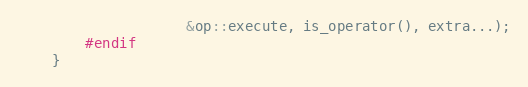
Language: C
                    &op::execute, is_operator(), extra...);
        #endif
    }